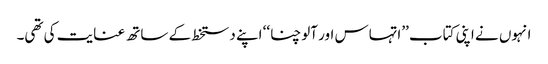
انہوں نے اپنی کتاب ’’اتہاس اور آلوچنا‘‘ اپنے دستخط کے ساتھ عنایت کی تھی۔